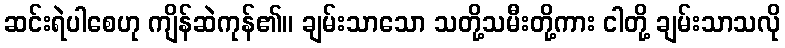
ဆင်းရဲပါစေဟု ကျိန်ဆဲကုန်၏။ ချမ်းသာသော သတို့သမီးတို့ကား ငါတို့ ချမ်းသာသလို